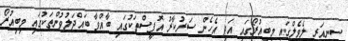
ސީނިއަރ ލެވެލްގައި މިބިއުރޯގައި އަދި އެހެން ސަރުކާރު އޮފީސްތަކުގައި ބާއްވާ ބައްދަލުވުންތަކުގައި މިބިއުރޯ